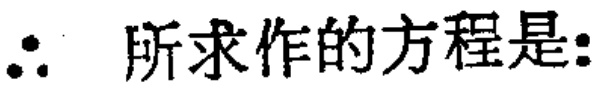
$\therefore$ 所求作的方程是: